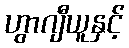
ဟွာဂျီယူနှင့်